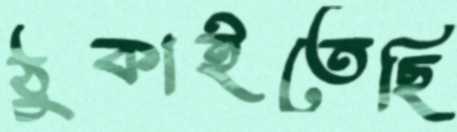
ঠুকাইতেছি